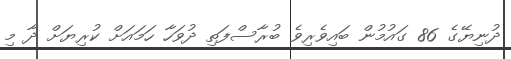
ދުނިޔޭގެ 86 ގައުމުން ބައިވެރިވެ ބުރާސްފަތި ދުވަހާ ހަމައަށް ކުރިޔަށް ދާ މި